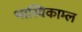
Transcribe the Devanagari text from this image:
भास्विकाम्ल